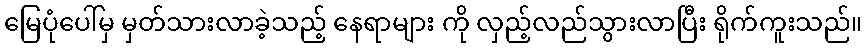
မြေပုံပေါ်မှ မှတ်သားလာခဲ့သည့် နေရာများ ကို လှည့်လည်သွားလာပြီး ရိုက်ကူးသည်။